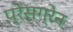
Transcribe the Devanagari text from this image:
प्रेसग्रेन